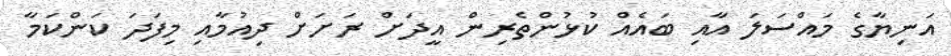
އަނިޔާގެ މައްސަލަ އާއި ބައެއް ކުޅުންތެރިން އީދަށް ރަށަށް ދިއުމާއި މިފަދަ ކަންކަމާ